Report on malaria in the Punjab during the year ...  together with an account of the work of the Punjab Malaria Bureau - Volume 5
Disease focus: Malaria
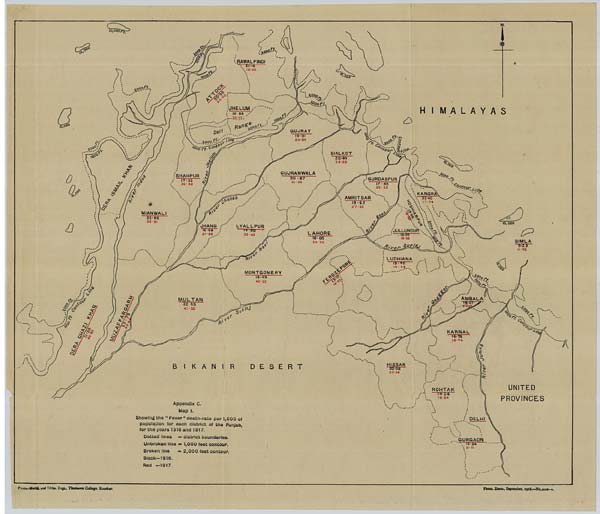
Photo.-Mechl. and Litho. Dept., Thomason College, Roorkee.
Photo. Zinco., September, 1918.—No.3138-4.